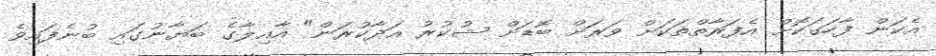
އެކަން ފާހަގަކޮށް އެފަރާތްތަކަށް ވަރަށް ބޮޑަށް ޝުކުރު އަދާކުރަން" އާއިލާގެ ބަޔާނުގައި ބުނެފައިވެ